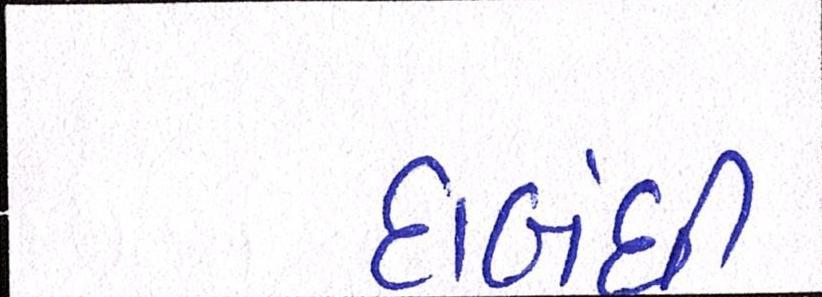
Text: દાબંધી